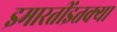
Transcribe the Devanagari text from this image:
इमारतींइतक्या